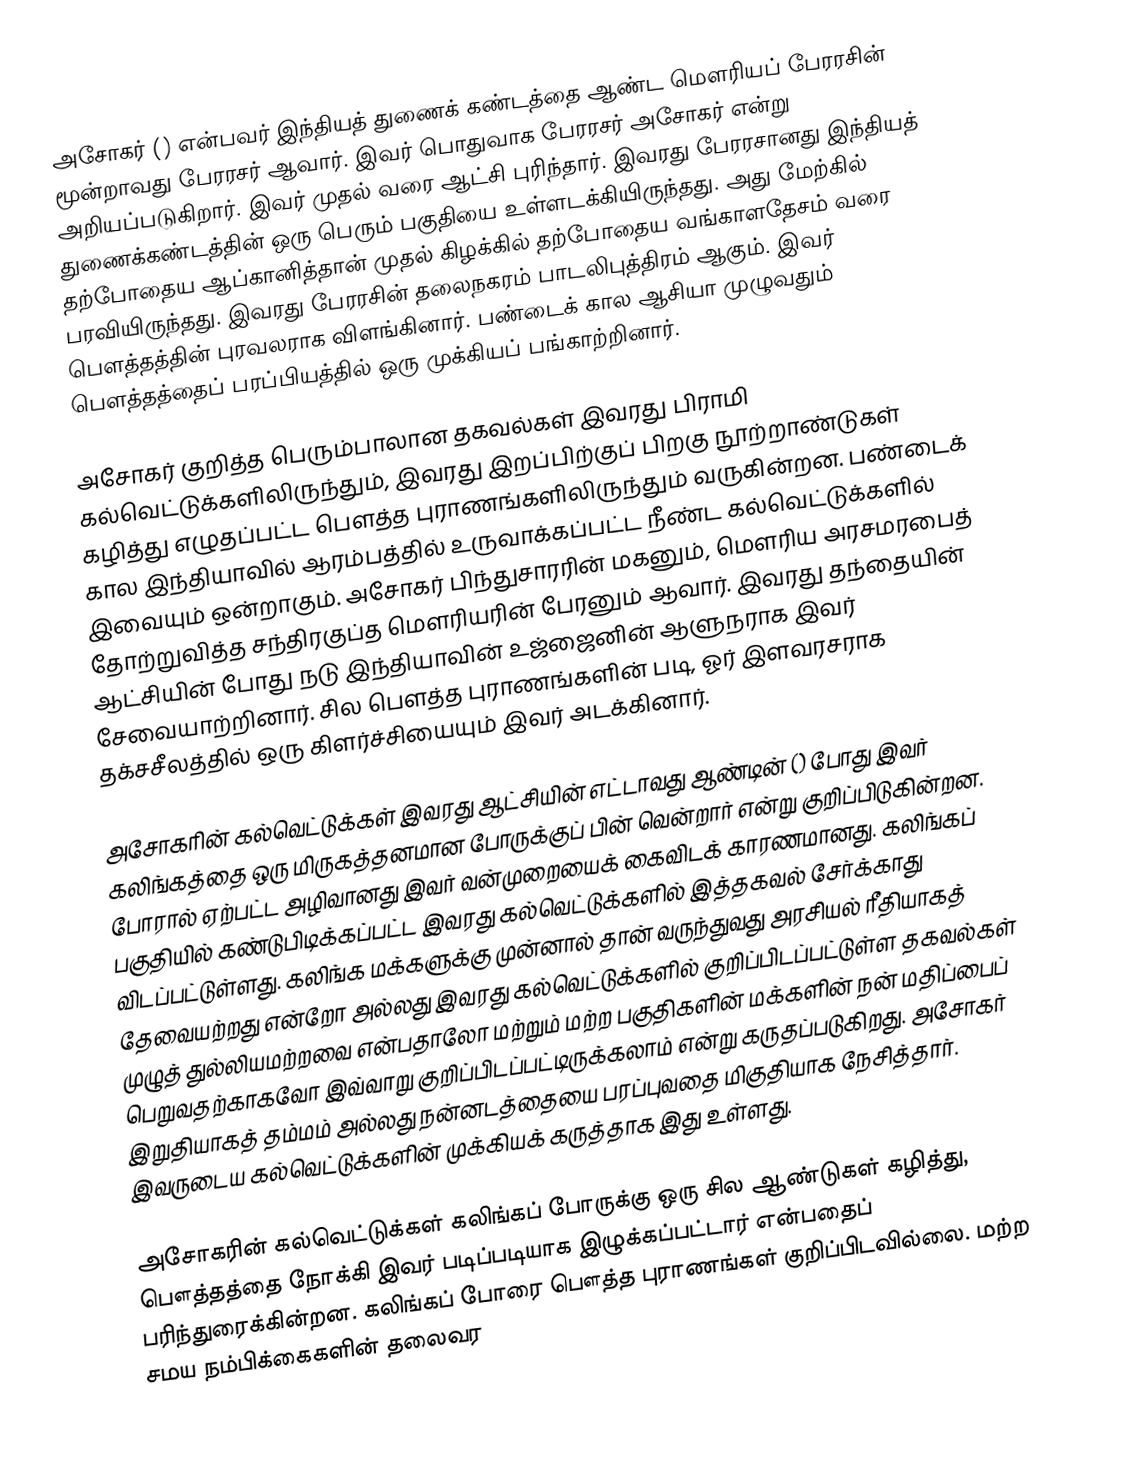
அசோகர் () என்பவர் இந்தியத் துணைக் கண்டத்தை ஆண்ட மௌரியப் பேரரசின் மூன்றாவது பேரரசர் ஆவார். இவர் பொதுவாக பேரரசர் அசோகர் என்று அறியப்படுகிறார். இவர்  முதல்  வரை ஆட்சி புரிந்தார். இவரது பேரரசானது இந்தியத் துணைக்கண்டத்தின் ஒரு பெரும் பகுதியை உள்ளடக்கியிருந்தது. அது மேற்கில் தற்போதைய ஆப்கானித்தான் முதல் கிழக்கில் தற்போதைய வங்காளதேசம் வரை பரவியிருந்தது. இவரது பேரரசின் தலைநகரம் பாடலிபுத்திரம் ஆகும். இவர் பௌத்தத்தின் புரவலராக விளங்கினார். பண்டைக் கால ஆசியா முழுவதும் பௌத்தத்தைப் பரப்பியத்தில் ஒரு முக்கியப் பங்காற்றினார்.

அசோகர் குறித்த பெரும்பாலான தகவல்கள் இவரது பிராமி கல்வெட்டுக்களிலிருந்தும், இவரது இறப்பிற்குப் பிறகு நூற்றாண்டுகள் கழித்து எழுதப்பட்ட பௌத்த புராணங்களிலிருந்தும் வருகின்றன. பண்டைக் கால இந்தியாவில் ஆரம்பத்தில் உருவாக்கப்பட்ட நீண்ட கல்வெட்டுக்களில் இவையும் ஒன்றாகும். அசோகர் பிந்துசாரரின் மகனும், மௌரிய அரசமரபைத் தோற்றுவித்த சந்திரகுப்த மௌரியரின் பேரனும் ஆவார். இவரது தந்தையின் ஆட்சியின் போது நடு இந்தியாவின் உஜ்ஜைனின் ஆளுநராக இவர் சேவையாற்றினார். சில பௌத்த புராணங்களின் படி, ஓர் இளவரசராக தக்சசீலத்தில் ஒரு கிளர்ச்சியையும் இவர் அடக்கினார்.

அசோகரின் கல்வெட்டுக்கள் இவரது ஆட்சியின் எட்டாவது ஆண்டின் () போது இவர் கலிங்கத்தை ஒரு மிருகத்தனமான போருக்குப் பின் வென்றார் என்று குறிப்பிடுகின்றன. போரால் ஏற்பட்ட அழிவானது இவர் வன்முறையைக் கைவிடக் காரணமானது. கலிங்கப் பகுதியில் கண்டுபிடிக்கப்பட்ட இவரது கல்வெட்டுக்களில் இத்தகவல் சேர்க்காது விடப்பட்டுள்ளது. கலிங்க மக்களுக்கு முன்னால் தான் வருந்துவது அரசியல் ரீதியாகத் தேவையற்றது என்றோ அல்லது இவரது கல்வெட்டுக்களில் குறிப்பிடப்பட்டுள்ள தகவல்கள் முழுத் துல்லியமற்றவை என்பதாலோ மற்றும் மற்ற பகுதிகளின் மக்களின் நன் மதிப்பைப் பெறுவதற்காகவோ இவ்வாறு குறிப்பிடப்பட்டிருக்கலாம் என்று கருதப்படுகிறது. அசோகர் இறுதியாகத் தம்மம் அல்லது நன்னடத்தையை பரப்புவதை மிகுதியாக நேசித்தார். இவருடைய கல்வெட்டுக்களின் முக்கியக் கருத்தாக இது உள்ளது.

அசோகரின் கல்வெட்டுக்கள் கலிங்கப் போருக்கு ஒரு சில ஆண்டுகள் கழித்து, பௌத்தத்தை நோக்கி இவர் படிப்படியாக இழுக்கப்பட்டார் என்பதைப் பரிந்துரைக்கின்றன. கலிங்கப் போரை பௌத்த புராணங்கள் குறிப்பிடவில்லை. மற்ற சமய நம்பிக்கைகளின் தலைவர